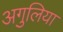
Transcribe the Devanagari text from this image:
अगुलिया